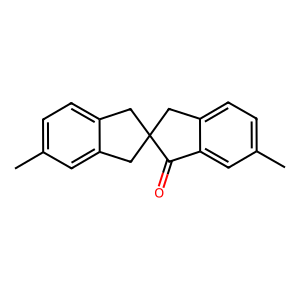
SMILES: Cc1ccc2c(c1)CC1(C2)Cc2ccc(C)cc2C1=O
Inhibits HIV replication: No